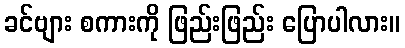
ခင်ဗျား စကားကို ဖြည်းဖြည်း ပြောပါလား။